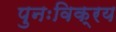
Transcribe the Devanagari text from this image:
पुनःविक्रय